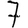
Digit: 7